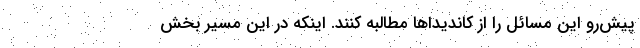
پیش‌رو این مسائل را از کاندیداها مطالبه کنند. اینکه در این مسیر بخش